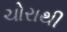
ચોરાથી